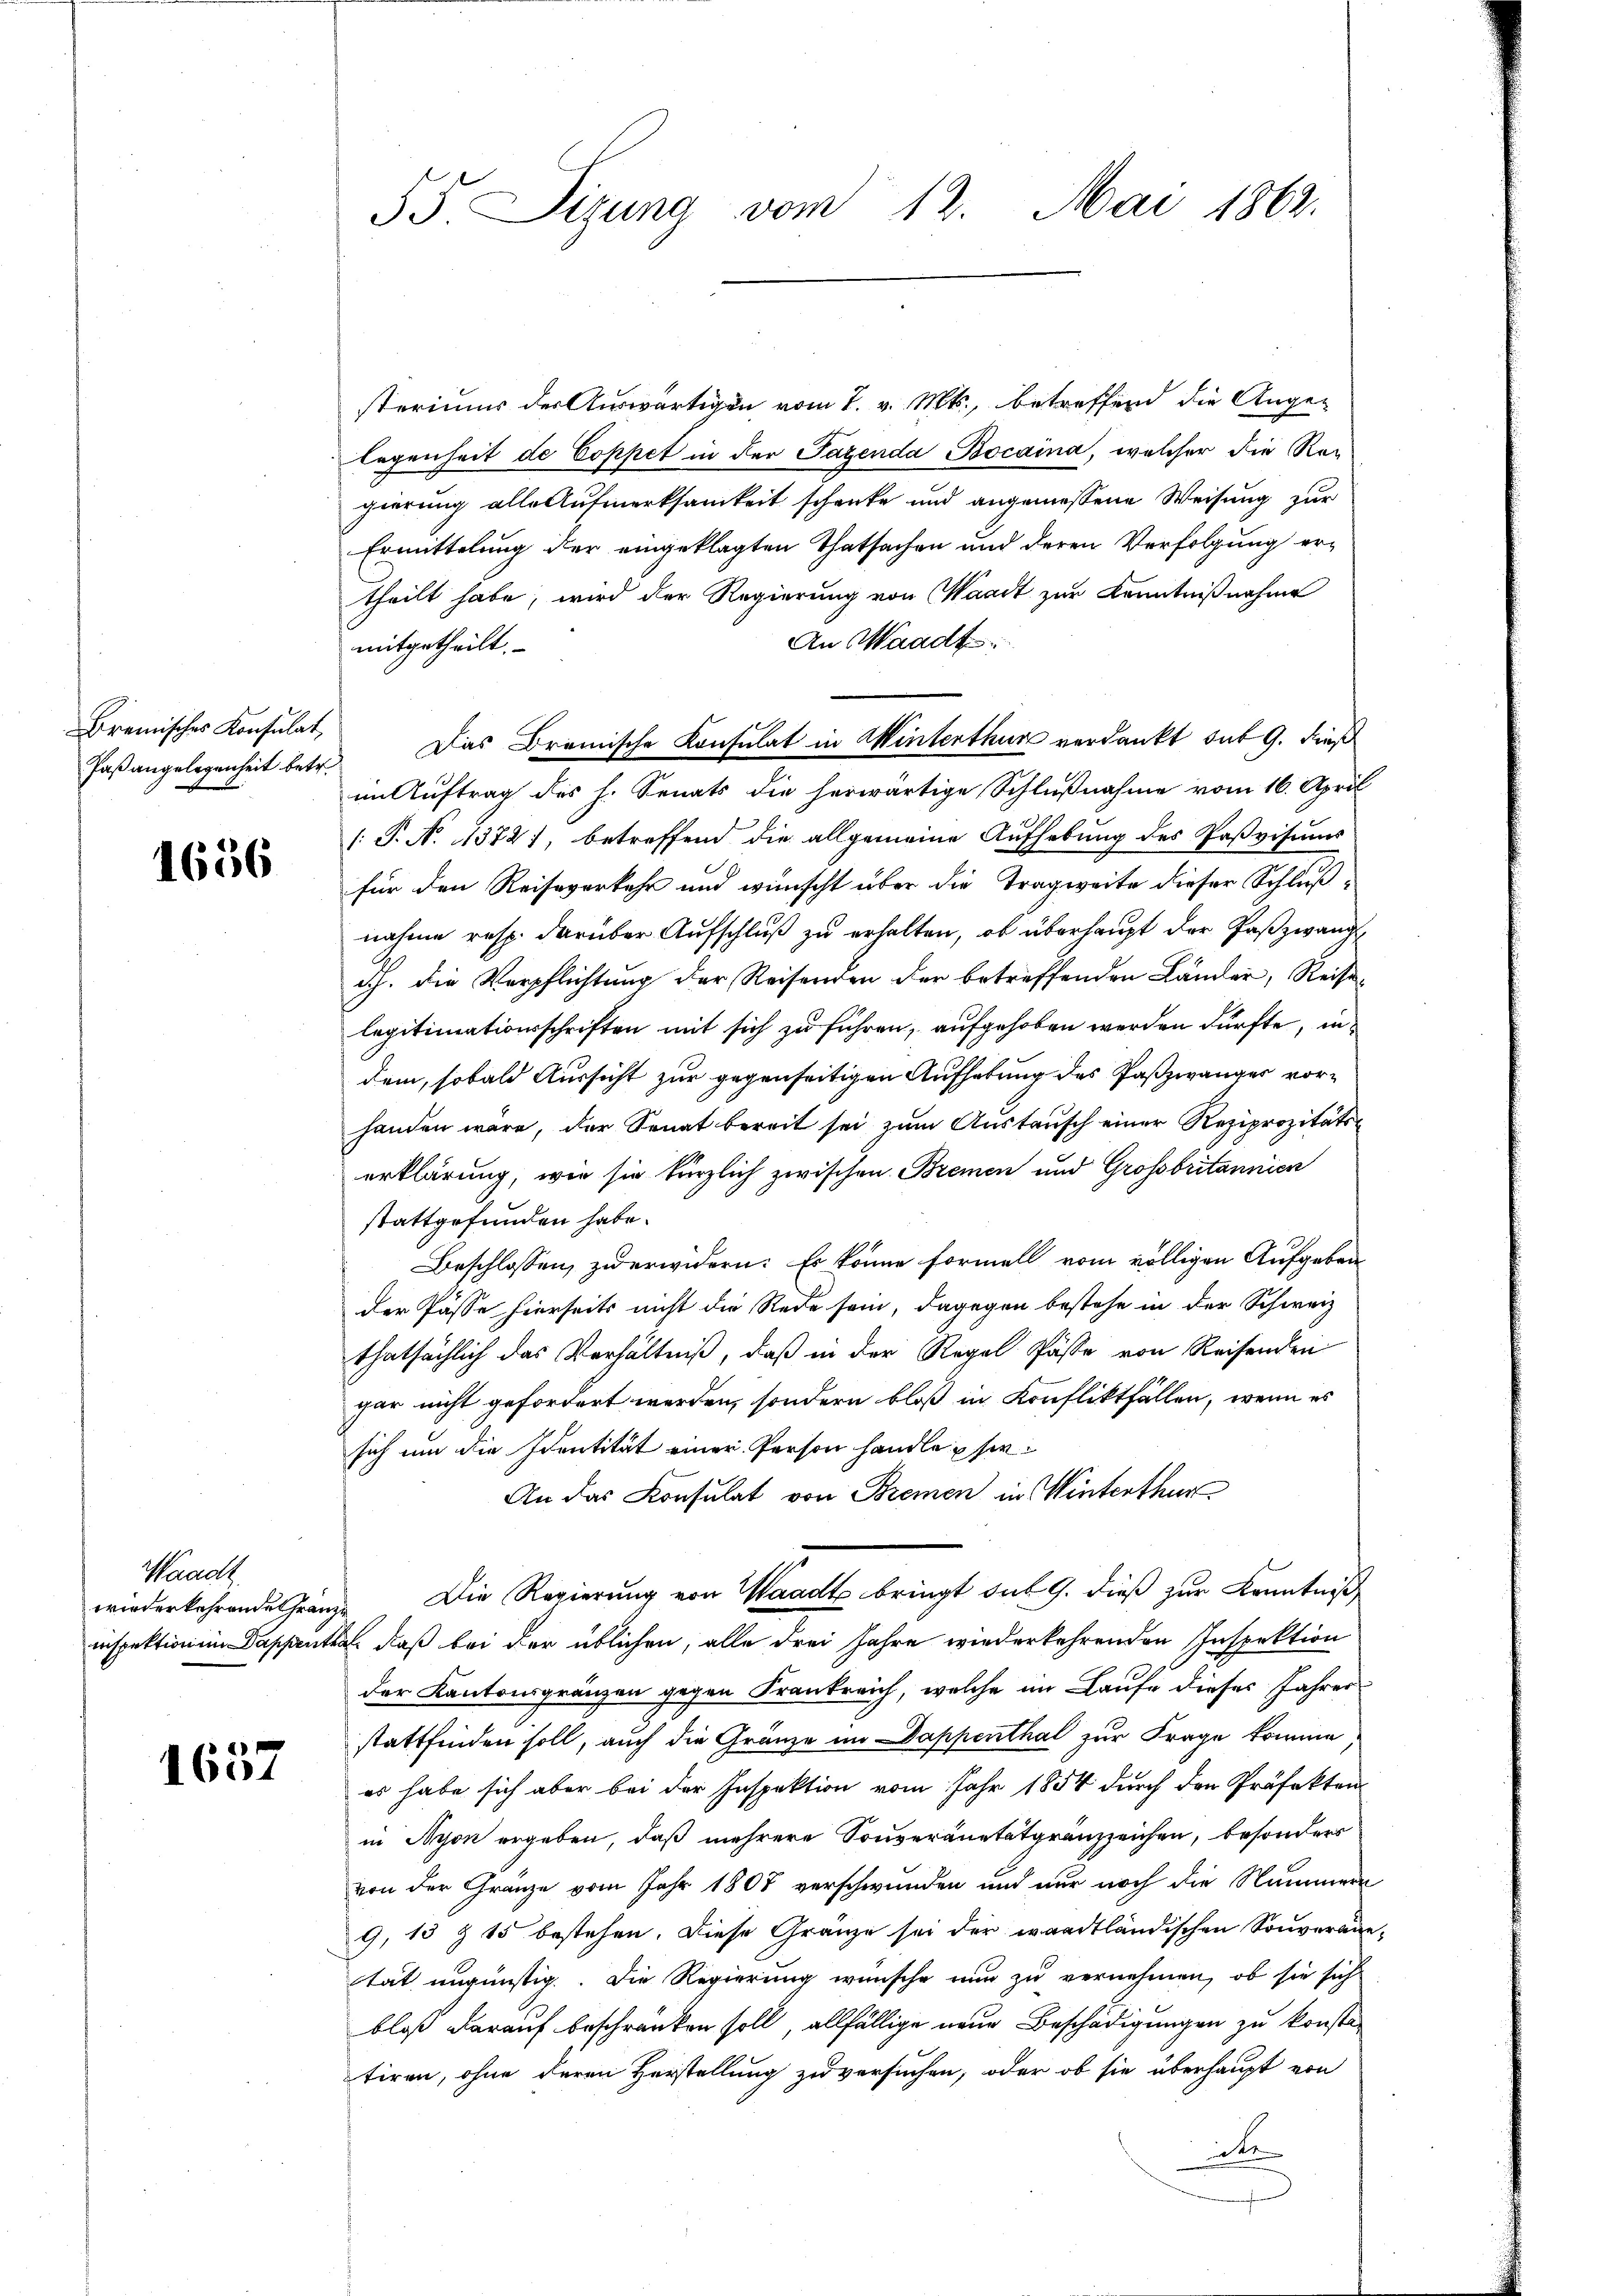
Bremisches Konsulat,

1656

Waadt
wiederkehrende Gränze

t
1601

55. Sizung vom 12. Mai 1863.

steriums der Auswärtigen vom 7. v. Mts., betreffend die Ange-
legenheit de Coppet in der Pazenda Bocaina, welcher die Regierung alle Aufmerksamkeit schenke und angemessene Weisung zur
Ermittelung der eingeklagten Thatsachen und deren Verfolgung ertheilt habe, wird der Regierung von Waadt zur Kenntnißnahme
An Waadt
mitgetheilt.
Faßangelegenheit betr. Das Bremische Konsulat in Winterthur verdankt sit 9. dieß
im Auftrag des h. Senats die herwärtige Schlußnahme vom 16. April
/: P. N. 11372), betreffend die allgemeine Aufhebung des Paßvisums
für den Reiseverkehr und wünscht über die Tragweite dieser Schlußnahme resp. darüber Aufschluß zu erhalten, ob überhaupt der Faszwang
dch. die Verpflichtung der Reisenden der betreffenden Länder, Reiselegitimationsschriften mit sich zu führen, aufgehoben werden dürfte, in
dem, sobald Aussicht zur gegenseitigen Aufhebung des Paszwanger vorhanden wäre, der Senat bereit sei zum Austausch einer Reziprozitätserklärung, wie sie kürzlich zwischen Bremen und Grossbritannien
stattgefunden habe.
Beschlossen, zu erwidern: Es könne formell vom völligen Aufgaben
der Pässe hierseits nicht die Rede sein, dagegen bestehe in der Schweiz
thatsächlich das Verhältniß, daß in der Regel Pässe von Reisenden
gar nicht gefordert werden, sondern bloß in Konfliktfällen, wenn es
sich um die Identität einer Person handle sie¬
An das Konsulat von Bremen in Winterthur
Die Regierung von Waadt bringt des 9. dieß zur Kenntniß
inspektionen Dappenthal, daß bei der üblichen, alle drei Jahre wiederkehrenden Inspektion
der Kantonsgränzen gegen Frankreich, welche im Laufe dieses Jahrer
stattfinden soll, auch die Gränze im Dappenthal zur Frage komme
es habe sich aber bei der Inspektion vom Jahr 1854 durch den Präfekten
in Nyon ergeben, daß mehrere Souveränetätgränzzeichen, besonders
von der Gränze vom Jahr 1808 verschwunden und nur noch die Nummern
9, 13 Z 15 bestehen. Diese Gränze sei der waadtländischen Souverane-
tät ungünstig. Die Regierung wünsche nun zu vernehmen, ob sie sich
bloß darauf beschränken soll, allfällige neue Beschädigungen zu konste
tiren, ohne deren Verstellung zu versuchen, oder ob sie überhaupt von
ite